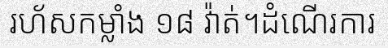
រហ័សកម្លាំង ១៨ វ៉ាត់។ដំណើរការ